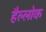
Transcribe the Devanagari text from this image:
हैल्लोक